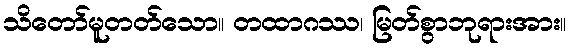
သိတော်မူတတ်သော။ တထာဂဿ၊ မြတ်စွာဘုရားအား။